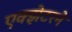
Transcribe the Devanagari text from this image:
एक्झेटरने